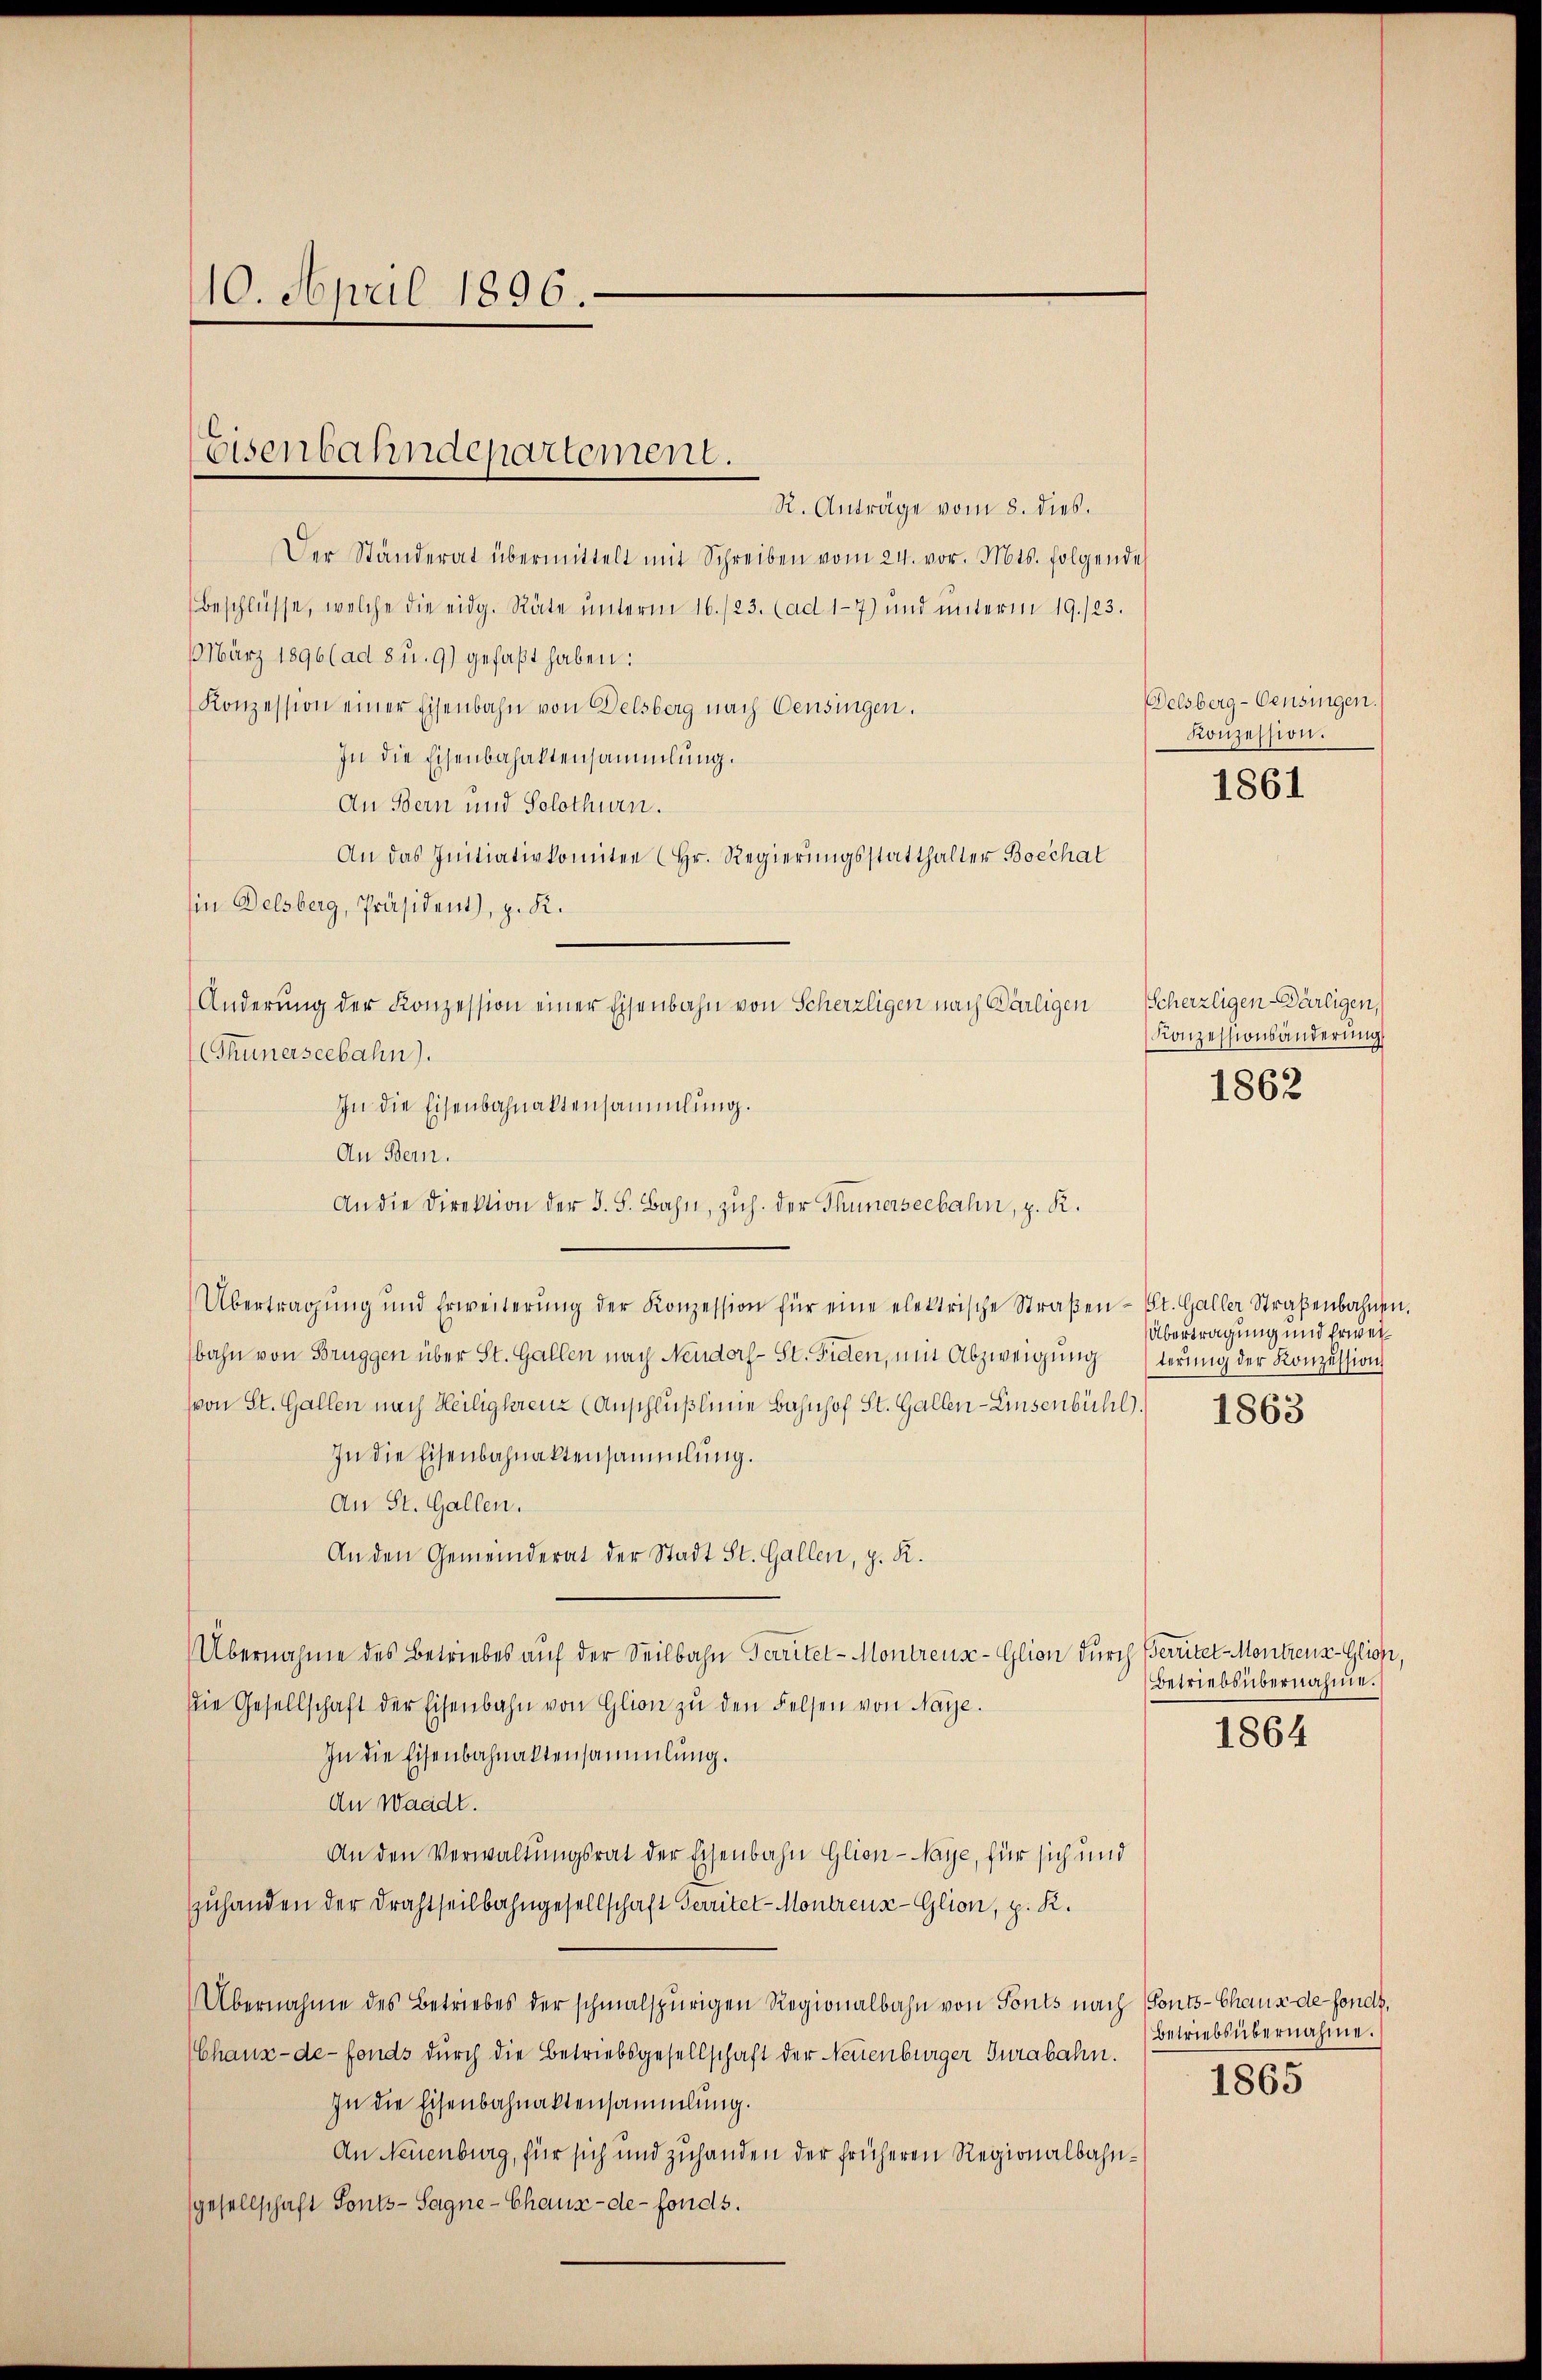
10. April 1896.

R. Anträge vom 8. dies.
Der Ständerat übermittelt mit Schreiben vom 24. vor. Mts. folgende
Beschlüsse, welche die eidg. Räte ŭnterm 16./23. (ad 17) und ŭnterm 19./23.
 März 1896 (ad 8 u. 9) gefaßt haben:
Konzession einer Eisenbahn von Delsberg nach Censingen.
In die Eisenbahaktensammlung.
An Bern und Solothurn.
An das Initiativkomitee (Hr. Regierungsstatthalter Boechat
Ein Delsberg, Präsident, z. K.
Änderung der Konzession einer Eisenbahn von Scherzligen nach Bärligen Scherzligen-Wärligen,
Thunerseebahn).
In die Eisenbahnaktensammlung.
An Bern.
An die Direktion der S. S. Bahn, zŭh. der Thunerseebahn, z. R.
Übertragŭng und Erweiterŭng der Konzession für eine elektrische Straβen- St. Galler Straßenbahnen.
bahn von Brüggen über St. Gallen nach Neudorf- St. Fiden, mit Abzweigŭng sterŭng der Konzession
(von St. Gallen nach Heiligkreuz (Anschlußlinie Bahnhof St. Gallen-Linsenbühl.
In die Eisenbahnaktensammlung.
An St. Gallen.
An den Gemeinderat der Stadt St. Gallen, z. R.
Übernahme des Betriebes auf der Seilbahn Territet - Montreuse-Glion durch Bereitet Montreuz-Glion,
die Gesellschaft der Eisenbahn von Glion zŭ den Felsen von Maye.
In die Eisenbahnaktensammlung.
An Waadt.
An den Verwaltungsrat der Eisenbahn Glion-Naye, für sich und
zuhanden der Drahtheilbahngesellschaft Territet-Montreux-Glion, p. K.
Übernahme des Betriebes der schmalspurigen Regionalbahn von Tonts nach Ponts-Chaus de-Fonds,
Chaux-de-Fonds durch die Betriebsgesellschaft der Neuenburger Jurabahn.
In die Eisenbahnaktensammlung.
An Neuenburg, für sich und zuhanden der früheren Regionalbahngesellschaft Sonts-Sagne- Chaux-de-Fonds.

Eisenbahndepartement.

Delsberg-Oensingen.
Konzession.

1861

Konzessionsänderung,

1862

Übertragung und Erwei¬

1863

Betriebsübernahme.

1864

Betriebsübernahme.

1865